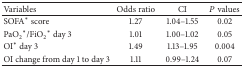
<table><thead><tr><td><b>Variables</b></td><td><b>Odds ratio</b></td><td><b>CI</b></td><td><b><i>P</i> values</b></td></tr></thead><tbody><tr><td>SOFA* score</td><td>1.27</td><td>1.04–1.55</td><td>0.02</td></tr><tr><td>PaO<sub>2</sub>*/FiO<sub>2</sub>* day 3</td><td>1.01</td><td>1.00–1.02</td><td>0.05</td></tr><tr><td>OI* day 3</td><td>1.49</td><td>1.13–1.95</td><td>0.004</td></tr><tr><td>OI change from day 1 to day 3</td><td>1.11</td><td>0.99–1.24</td><td>0.07</td></tr></tbody></table>